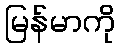
မြန်မာကို